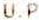
U.P